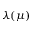
\lambda ( \mu )